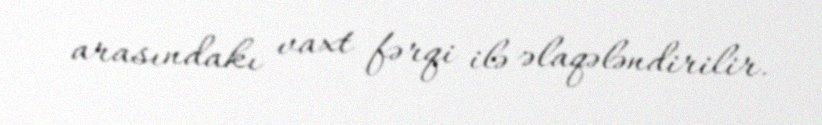
arasındakı vaxt fərqi ilə əlaqələndirilir.